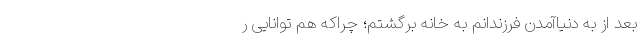
بعد از به ‌دنیا‌آمدن فرزندانم به خانه برگشتم؛ چرا‌که هم توانایی ر